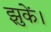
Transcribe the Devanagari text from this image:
झुकें।